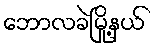
ဘောလခဲမြို့နယ်